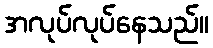
အလုပ်လုပ်နေသည်။